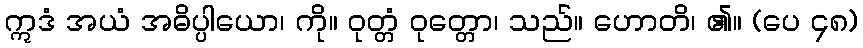
ဣဒံ အယံ အဓိပ္ပါယော၊ ကို။ ဝုတ္တံ ဝုတ္တော၊ သည်။ ဟောတိ၊ ၏။ (ပေ ၄၈)